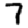
Digit: 7